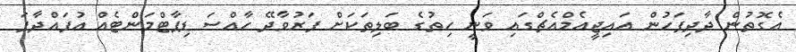
އެގޮތުން ދާދިފަހުން އައިޖީއެމްއެޗްގައި ވަނީ ހިތުގެ ބަލިތަކަށް ފަރުވާދޭ ހާއްސަ ޑިޕާޓްމަންޓެއް އުފައްދާފަ